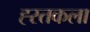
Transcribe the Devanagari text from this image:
ह्स्तकला